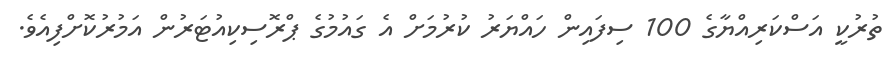
ތުރުކީ އަސްކަރިއްޔާގެ 100 ސިފައިން ހައްޔަރު ކުރުމަށް އެ ގައުމުގެ ޕްރޮސިކިއުޓަރުން އަމުރުކޮށްފިއެވެ.